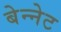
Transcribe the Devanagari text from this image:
बेन्नेट